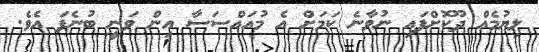
ލިޔުމެއް ދޫކޮށްފައި ނުވާނެ ކަމަށް އެ މުއައްސަސާ އިން ވަނީ ބުނެފަ އެވެ.